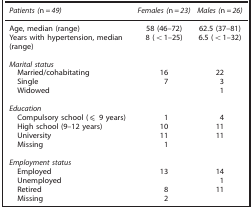
| Patients (n=49) | Females (n=23) | Males (n=26) |
 | --- | --- | --- |
 | Age, median (range) | 58 (46–72) | 62.5 (37–81) |
 | Years with hypertension, median (range) | 8 (<1–25) | 6.5 (<1–32) |
 |  |  |  |
 | <COLSPAN=3> Marital status |
 | Married/cohabitating | 16 | 22 |
 | Single | 7 | 3 |
 | Widowed |  | 1 |
 |  |  |  |
 | <COLSPAN=3> Education |
 | Compulsory school (⩽ 9 years) | 1 | 4 |
 | High school (9–12 years) | 10 | 11 |
 | University | 11 | 11 |
 | Missing | 1 |  |
 |  |  |  |
 | <COLSPAN=3> Employment status |
 | Employed | 13 | 14 |
 | Unemployed |  | 1 |
 | Retired | 8 | 11 |
 | Missing | 2 |  |